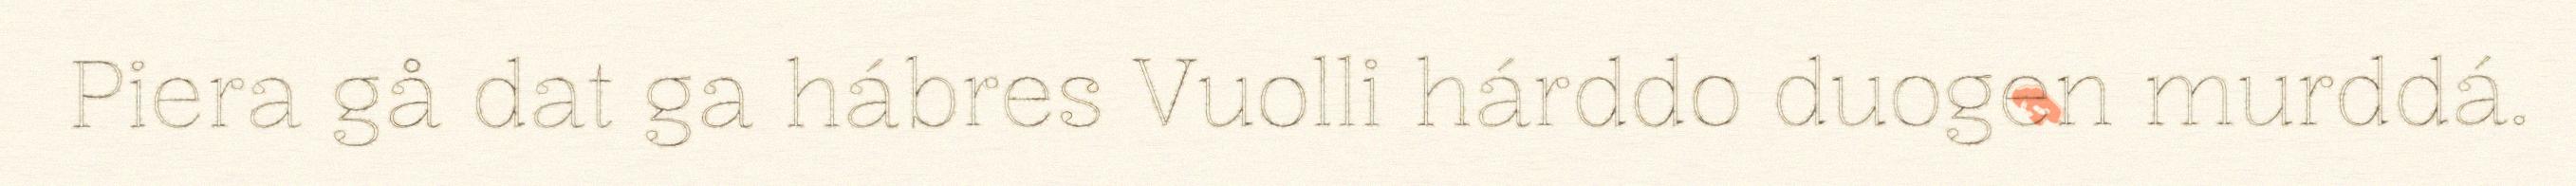
Piera gå dat ga hábres Vuolli hárddo duogen murddá.